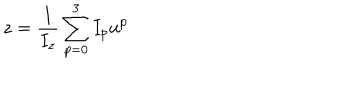
z = \frac { 1 } { I _ { z } } \sum _ { p = 0 } ^ { 3 } I _ { p } u ^ { p }